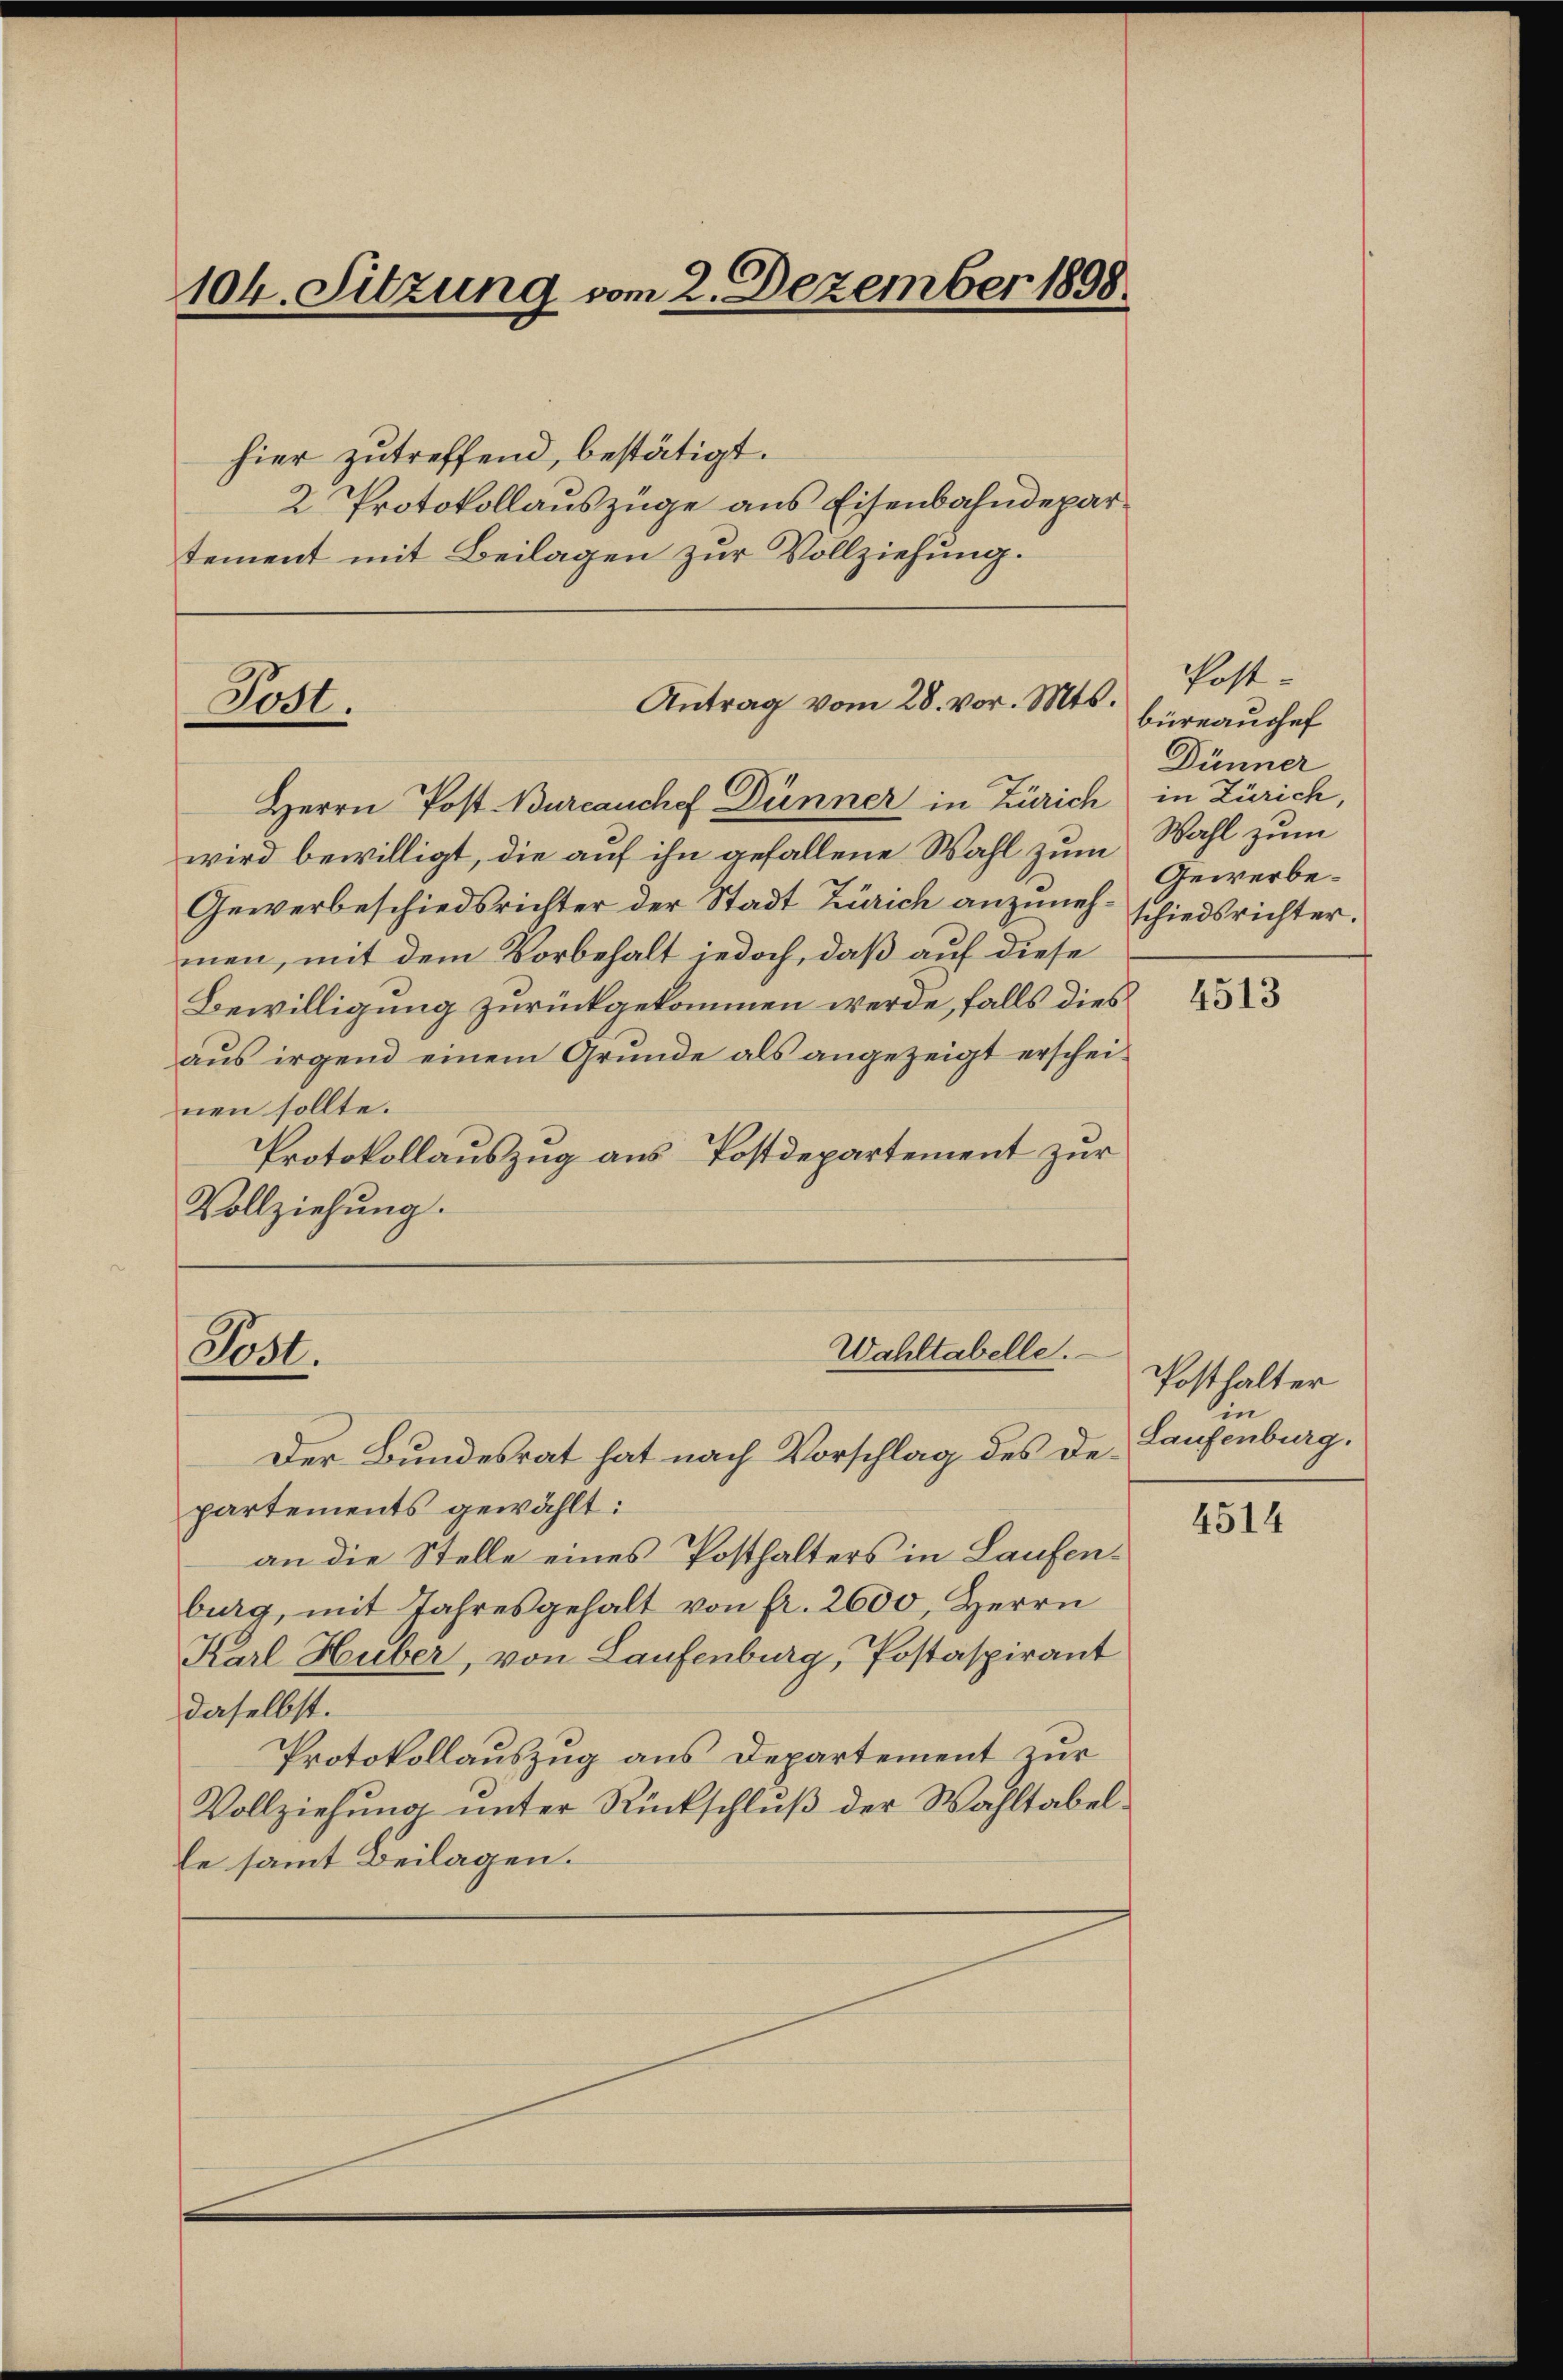
104. Sitzung vom 2. Dezember 1898.

hier zutreffend, bestätigt.
2 Protokollauszüge aus Eisenbahndepartement mit Beilagen zur Vollziehung.

Antrag vom 28. vor. Mts.
Herrn Post Burcauchef Dünner in Zürich
wird bewilligt, die auf ihn gefallene Wahl zum
Gewerbeschiedsrichter der Stadt Zürich anzuneh- schiedsrichter.
men, mit dem Vorbehalt jedoch, daß auf diese
Bewilligung zurückgekommen werde, falls dies
aus irgend einem Grunde als angezeigt erscheinen sollte.
Protokollauszug aus Postdepartement zur
Vollziehung.

Todt.

Der Bundesrat hat nach Vorschlag des Departements gewählt:
an die Stelle eines Posthalters in Laufenburg, mit Jahresgehalt von fr. 2600, Herrn
Karl Huber, von Laufenburg, Postaspirant
daselbst.
Protokollauszug aus Departement zur
Vollziehung unter Rückschluß der Wahltabelle sammt Beilagen.

Wahltabelle.
Sost.

Post-
büreauschef
Dünner
in Zürich,
Wahl zum
Gewerbe¬

4513

Posthalter
in
Laufenburg.

4514